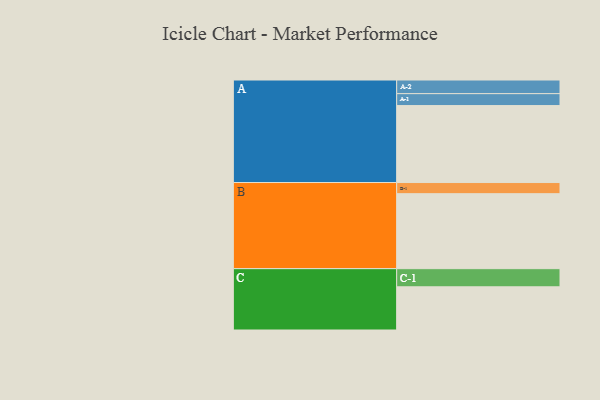
{"axis": {"x": "Segment", "y": "Value"}, "legend": ["", "A", "B", "C"], "data": [{"x": "A", "y": 581, "type": ""}, {"x": "B", "y": 566, "type": ""}, {"x": "C", "y": 326, "type": ""}, {"x": "A-1", "y": 90, "type": "A"}, {"x": "A-2", "y": 103, "type": "A"}, {"x": "B-1", "y": 84, "type": "B"}, {"x": "C-1", "y": 137, "type": "C"}]}